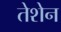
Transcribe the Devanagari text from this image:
तेशेन